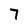
Character: 7